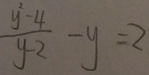
\frac { y ^ { 2 } - 4 } { y - 2 } - y = 2